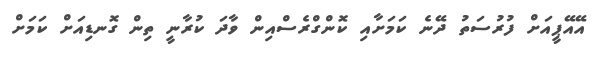
އޭއޭޕީއަށް ފުރުސަތު ދޭނެ ކަމަށާއި ކޮންގްރެސްއިން ވާދަ ކުރާނީ ތިން ގޮނޑިއަށް ކަމަށް